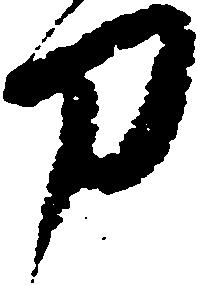
刀